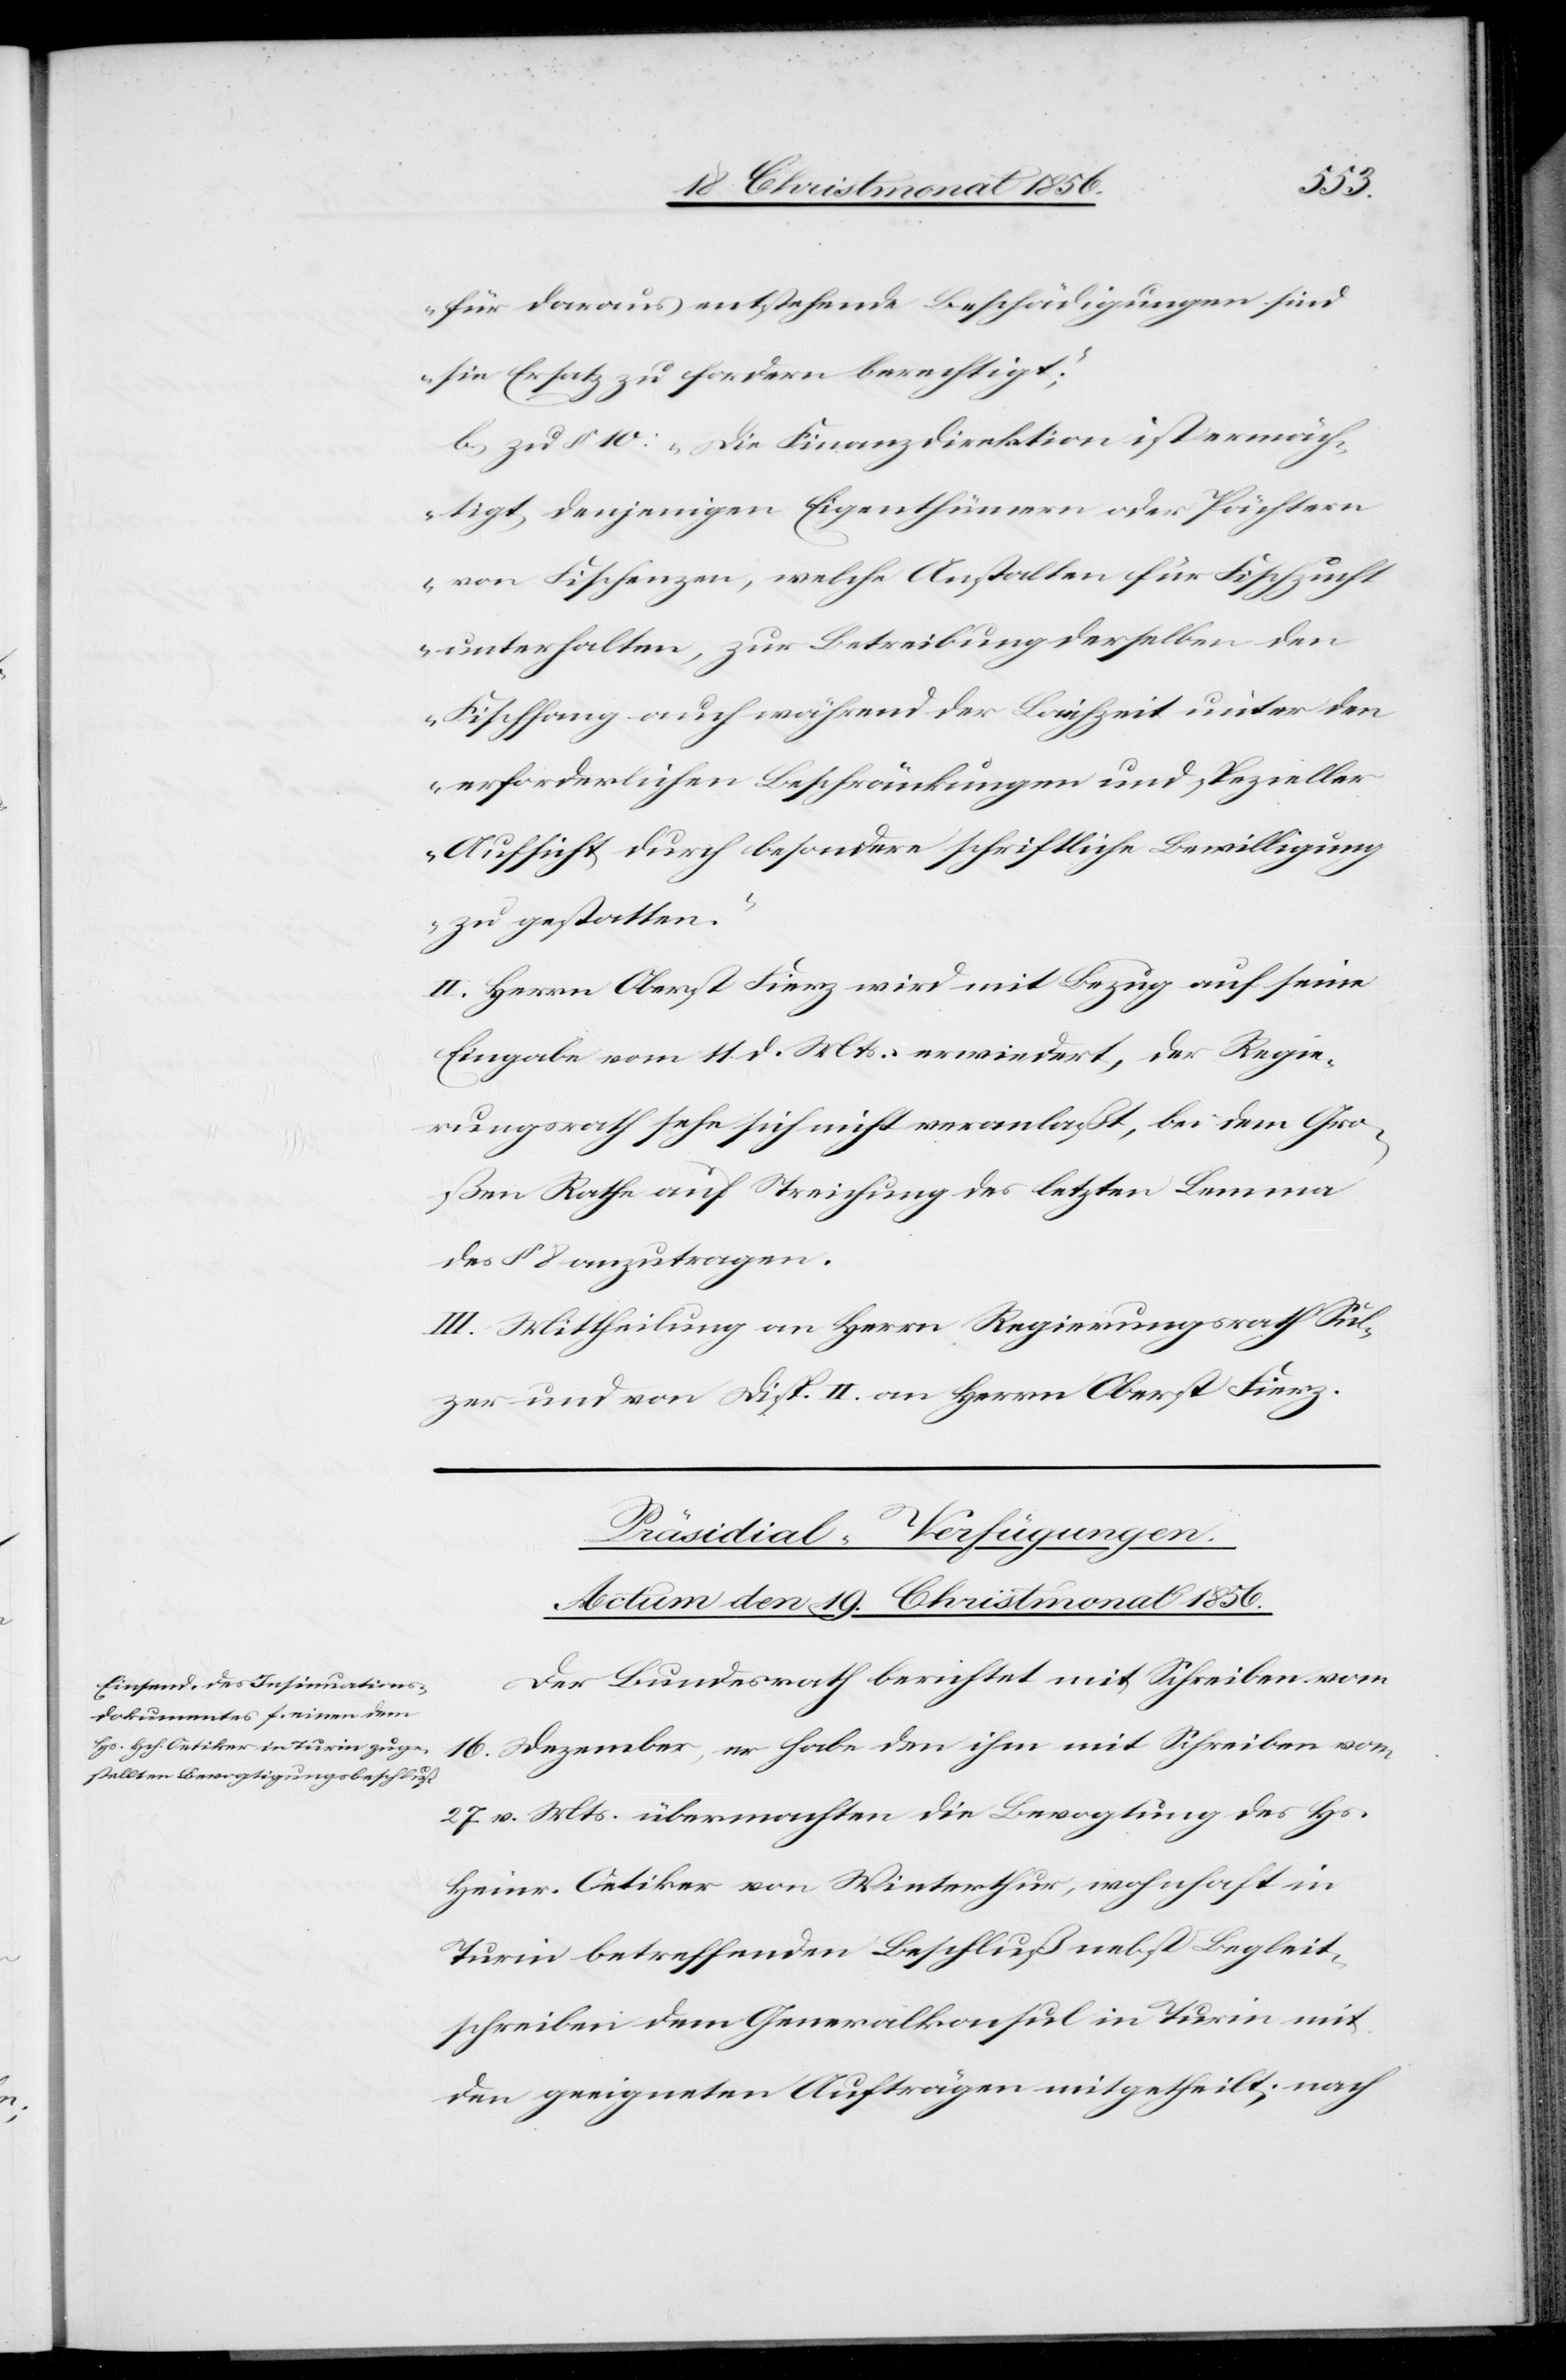
für daraus entstehende Beschädigungen sind
sie Ersatz zu fordern berechtigt“;
b.) zu § 10: „Die Finanzdirektion ist ermäch¬
tigt, denjenigen Eigenthümern oder Pächtern
von Fischenzen, welche Anstalten für Fischzucht
unterhalten, zur Betreibung derselben den
Fischfang auch während der Laichzeit unter den
erforderlichen Beschränkungen und spezieller
Aufsicht durch besondere schriftliche Bewilligung
zu gestatten.“
II. Herrn Oberst Fierz wird mit Bezug auf seine
Eingabe vom 11. d. Mts. erwiedert, der Regie¬
rungsrath sehe sich nicht veranlaßt, bei dem Gro¬
ßen Rathe auf Streichung des letzten Lemma
des § 8 anzutragen.
III. Mittheilung an Herrn Regierungsrath Sul¬
zer und von Disp. II. an Herrn Oberst Fierz.
Präsidial-Verfügungen.
Actum den 19. Christmonat 1856.
Der Bundesrath berichtet mit Schreiben vom
16. Dezember, er habe den ihm mit Schreiben vom
27. v. Mts. übermachten die Bevogtigung des Hs.
Heinr. Oetiker von Winterthur, wohnhaft in
Turin betreffenden Beschluß nebst Begleit¬
schreiben dem Generalkonsul in Turin mit
den geeigneten Aufträgen mitgetheilt; nach